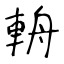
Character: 輈